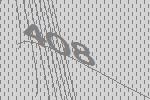
408